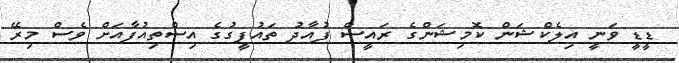
ޑީޑީ ވަނީ އިލެކްޝަން ކޮމިޝަންގެ ރައީސް ފުއާދު ތައުފީގުގެ އިސްތިއުފާއަށް ވެސް މިރޭ